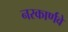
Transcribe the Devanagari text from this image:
नरकार्णवे